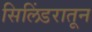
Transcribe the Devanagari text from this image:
सिलिंडरातून